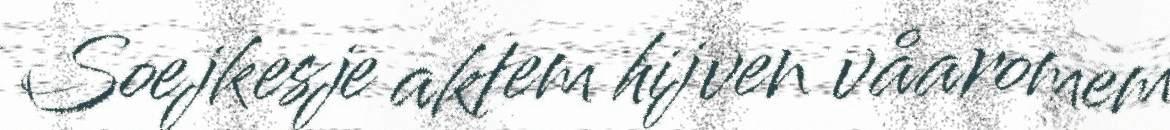
Soejkesje aktem hijven våaromem